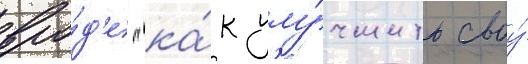
вро́д'е "ка́к улу́чшить своу́